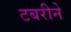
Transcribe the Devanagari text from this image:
टबरीने